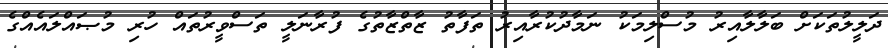
ދަލީލުތަކަށް ބަލާލާއިރު މުސްލިމަކު ނަމާދުކުރާއިރު ތަފާތު ޒާތްޒާތުގެ ފުރާނަލީ ތަސްވީރުތައް ހުރި މުޞައްލައެއްގެ